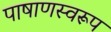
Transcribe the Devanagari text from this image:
पाषाणस्वरूप